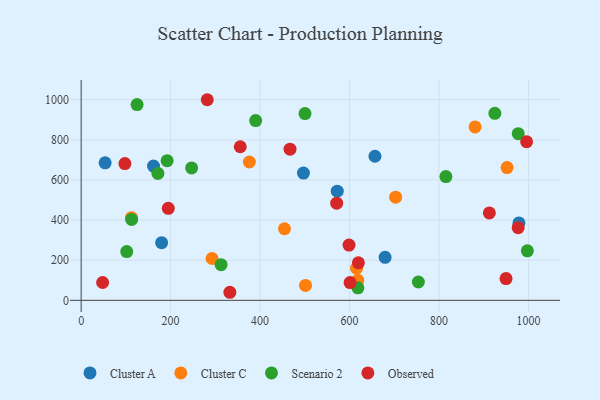
{"axis": {"x": "Speed", "y": "Yield"}, "legend": ["Cluster A", "Cluster C", "Observed", "Scenario 2"], "data": [{"x": "978.6", "y": 386.0, "type": "Cluster A"}, {"x": "572.5", "y": 544.0, "type": "Cluster A"}, {"x": "179.9", "y": 287.4, "type": "Cluster A"}, {"x": "656.8", "y": 718.0, "type": "Cluster A"}, {"x": "679.4", "y": 214.6, "type": "Cluster A"}, {"x": "53.6", "y": 685.5, "type": "Cluster A"}, {"x": "161.8", "y": 668.9, "type": "Cluster A"}, {"x": "496.9", "y": 634.4, "type": "Cluster A"}, {"x": "615.6", "y": 159.8, "type": "Cluster C"}, {"x": "112.5", "y": 411.9, "type": "Cluster C"}, {"x": "952.1", "y": 661.6, "type": "Cluster C"}, {"x": "618.4", "y": 100.2, "type": "Cluster C"}, {"x": "703.0", "y": 514.3, "type": "Cluster C"}, {"x": "292.6", "y": 208.5, "type": "Cluster C"}, {"x": "880.6", "y": 864.1, "type": "Cluster C"}, {"x": "501.5", "y": 74.2, "type": "Cluster C"}, {"x": "376.0", "y": 689.4, "type": "Cluster C"}, {"x": "454.6", "y": 356.8, "type": "Cluster C"}, {"x": "312.8", "y": 177.9, "type": "Scenario 2"}, {"x": "101.9", "y": 242.9, "type": "Scenario 2"}, {"x": "997.5", "y": 246.7, "type": "Scenario 2"}, {"x": "618.6", "y": 62.5, "type": "Scenario 2"}, {"x": "815.4", "y": 616.8, "type": "Scenario 2"}, {"x": "977.1", "y": 830.6, "type": "Scenario 2"}, {"x": "753.8", "y": 91.3, "type": "Scenario 2"}, {"x": "924.8", "y": 931.7, "type": "Scenario 2"}, {"x": "247.0", "y": 659.9, "type": "Scenario 2"}, {"x": "112.9", "y": 403.4, "type": "Scenario 2"}, {"x": "500.4", "y": 930.8, "type": "Scenario 2"}, {"x": "192.2", "y": 695.9, "type": "Scenario 2"}, {"x": "390.1", "y": 896.0, "type": "Scenario 2"}, {"x": "171.6", "y": 632.2, "type": "Scenario 2"}, {"x": "125.0", "y": 975.5, "type": "Scenario 2"}, {"x": "332.4", "y": 40.2, "type": "Observed"}, {"x": "97.8", "y": 681.5, "type": "Observed"}, {"x": "355.7", "y": 765.3, "type": "Observed"}, {"x": "194.8", "y": 458.3, "type": "Observed"}, {"x": "466.9", "y": 753.3, "type": "Observed"}, {"x": "912.5", "y": 435.4, "type": "Observed"}, {"x": "619.7", "y": 187.2, "type": "Observed"}, {"x": "601.2", "y": 88.6, "type": "Observed"}, {"x": "598.8", "y": 275.3, "type": "Observed"}, {"x": "281.9", "y": 999.7, "type": "Observed"}, {"x": "949.8", "y": 108.3, "type": "Observed"}, {"x": "976.9", "y": 362.0, "type": "Observed"}, {"x": "48.0", "y": 88.9, "type": "Observed"}, {"x": "995.8", "y": 790.3, "type": "Observed"}, {"x": "571.2", "y": 484.1, "type": "Observed"}]}